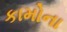
કામોના